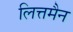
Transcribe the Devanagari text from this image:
लित्तमैन